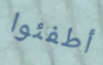
أطفئوا